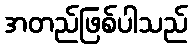
အတည်ဖြစ်ပါသည်